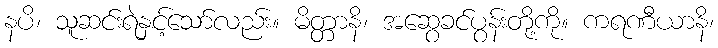
နပိ၊ သူဆင်းရဲနှင့်သော်လည်း။ မိတ္တာနိ၊ အဆွေခင်ပွန်းတို့ကို။ ကရဏီယာနိ၊